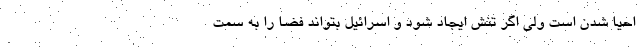
احیا شدن است ولی اگر تنش ایجاد شود و اسرائیل بتواند فضا را به سمت